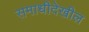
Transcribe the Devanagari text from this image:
समाधीदेखील